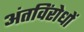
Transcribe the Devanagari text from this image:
अंतविंरोधों